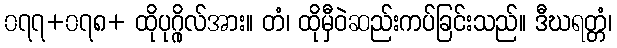
၀၇၇+၀၇၈+ ထိုပုဂ္ဂိုလ်အား။ တံ၊ ထိုမှီဝဲဆည်းကပ်ခြင်းသည်။ ဒီဃရတ္တံ၊